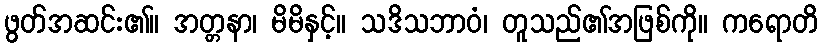
ဖွတ်အဆင်း၏။ အတ္တနာ၊ မိမိနှင့်။ သဒိသဘာဝံ၊ တူသည်၏အဖြစ်ကို။ ကရောတိ